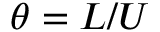
\theta = L / U